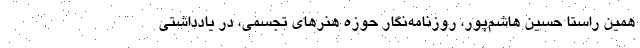
همین راستا حسین هاشم‌پور، روزنامه‌نگار حوزه هنرهای تجسمی، در یادداشتی